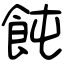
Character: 飩